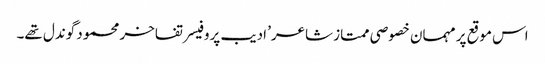
اس موقع پر مہمان خصوصی ممتاز شاعر’ ادیب پروفیسر تفاخر محمود گوندل تھے۔